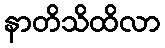
နာတိသိထိလာ